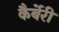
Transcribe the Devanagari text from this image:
कैर्बेरी